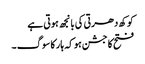
کوکھ دھرتی کی بانجھ ہوتی ہے
فتح کا جشن ہو کہ ہار کا سوگ ۔